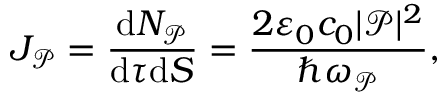
J _ { \mathcal { P } } = \frac { \mathrm { d } N _ { \mathcal { P } } } { \mathrm { d } \tau \mathrm { d } S } = \frac { 2 \varepsilon _ { 0 } c _ { 0 } | \mathcal { P } | ^ { 2 } } { \hbar \omega _ { \mathcal { P } } } ,